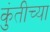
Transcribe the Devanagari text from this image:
कुंतीच्या